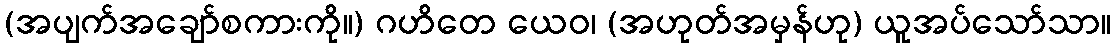
(အပျက်အချော်စကားကို။) ဂဟိတေ ယေဝ၊ (အဟုတ်အမှန်ဟု) ယူအပ်သော်သာ။